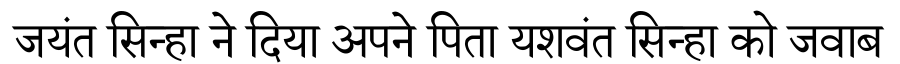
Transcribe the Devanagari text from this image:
जयंत सिन्हा ने दिया अपने पिता यशवंत सिन्हा को जवाब